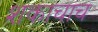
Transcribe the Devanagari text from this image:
शकाचाच